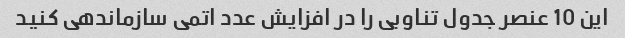
این 10 عنصر جدول تناوبی را در افزایش عدد اتمی سازماندهی کنید